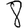
Digit: 8